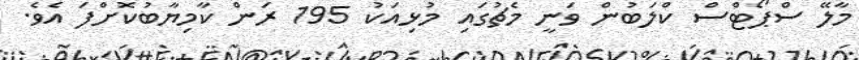
މާލޭ ސްޕޯޓްސް ކްލަބުން ވަނީ މެޗުގައި މުޅިއަކު 195 ރަން ކާމިޔާބުކޮށްފަ އެވެ.